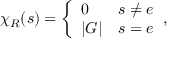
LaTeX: \chi _ { R } ( s ) = { \left\{ \begin{array} { l l } { 0 } & { s \neq e } \\ { | G | } & { s = e } \end{array} \right. } ,